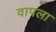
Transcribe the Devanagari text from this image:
वापला